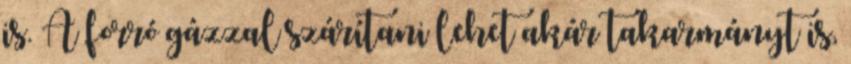
is. A forró gázzal szárítani lehet akár takarmányt is,